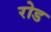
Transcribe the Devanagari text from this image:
रोड